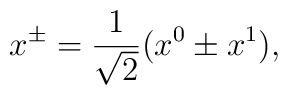
x^{\pm} = \frac{1}{\sqrt{2}}(x^0 \pm x^1),